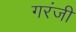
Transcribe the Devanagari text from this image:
गरंजी